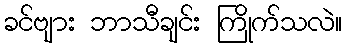
ခင်ဗျား ဘာသီချင်း ကြိုက်သလဲ။